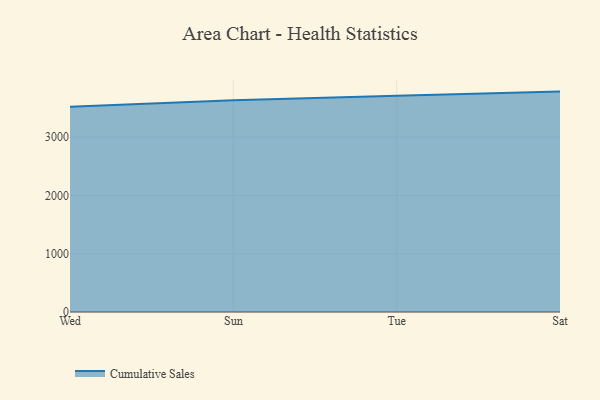
{"axis": {"x": "Day", "y": "Net Income (USD K)"}, "legend": ["Cumulative Sales"], "data": [{"x": "Wed", "y": 3521.3, "type": "Cumulative Sales"}, {"x": "Sun", "y": 3631.1, "type": "Cumulative Sales"}, {"x": "Tue", "y": 3710.1, "type": "Cumulative Sales"}, {"x": "Sat", "y": 3780.3, "type": "Cumulative Sales"}]}